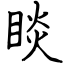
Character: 睒